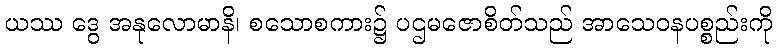
ယဿ ဒွေ အနုလောမာနိ၊ စသောစကား၌ ပဌမဇောစိတ်သည် အာသေဝနပစ္စည်းကို